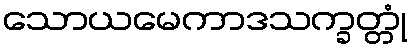
သောယမေကာဒသက္ခတ္တုံ